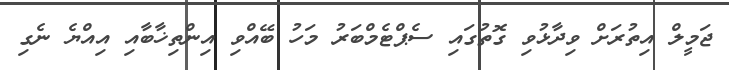
ޖަމީލް އިތުރަށް ވިދާޅުވި ގޮތުގައި ސެޕްޓެމްބަރު މަހު ބޭއްވި އިންތިޚާބާއި އިއްޔެ ނެގި